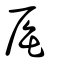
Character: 厒